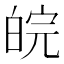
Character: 皖